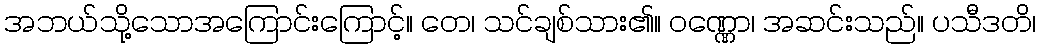
အဘယ်သို့သောအကြောင်းကြောင့်။ တေ၊ သင်ချစ်သား၏။ ဝဏ္ဏော၊ အဆင်းသည်။ ပသီဒတိ၊